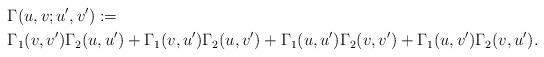
LaTeX: \begin{align*}&\Gamma (u,v;u',v'):=\\&\Gamma_1(v,v')\Gamma_2(u,u')+\Gamma_1(v,u')\Gamma_2(u,v')+\Gamma_1(u,u')\Gamma_2(v,v')+\Gamma_1(u,v')\Gamma_2(v,u').\end{align*}